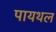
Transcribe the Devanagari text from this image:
पायथल